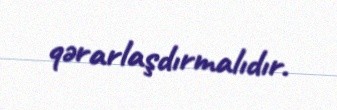
qərarlaşdırmalıdır.